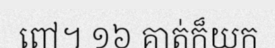
ពៅ។ ១៦ គាត់ក៏យក